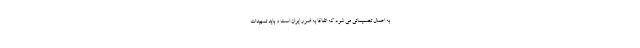
به اعمال تصمیماتی می شود که اتفاقاً به ضرر ایران است و باید تمهیدات